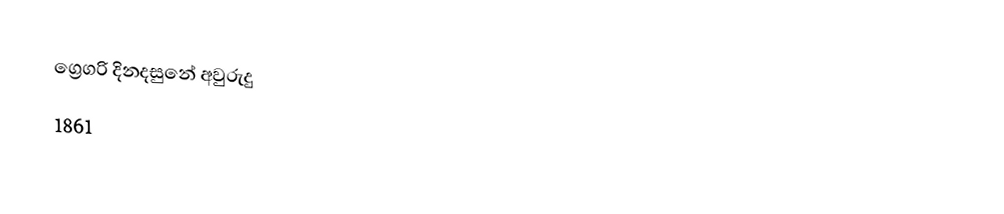
ග්‍රෙගරි දිනදසුනේ අවුරුදු
1861